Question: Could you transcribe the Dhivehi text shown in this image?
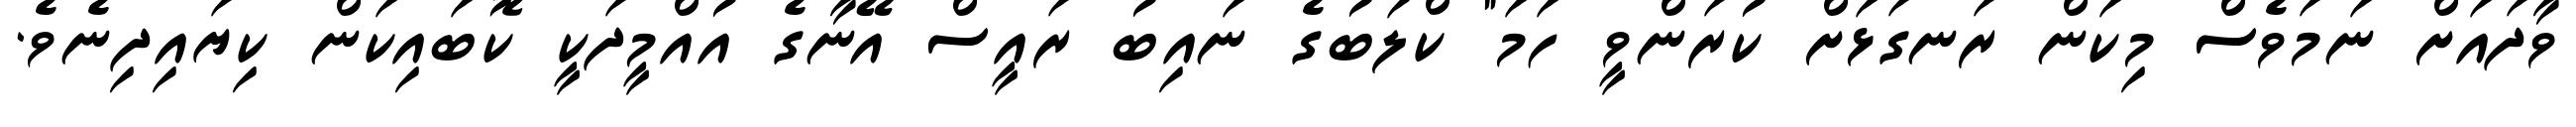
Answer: ވާދައަށް ނަމަވެސް މިކަން ރަނގަޅަށް ކުރަންވީ ހަމަ" ކްލަބުގެ ނައިބު ރައީސް އޭނާގެ އުއްމީދަކީ ކޮބައިކަން ކިޔައިދިނެވެ.